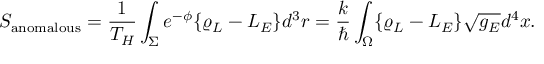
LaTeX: S _ { \mathrm { a n o m a l o u s } } = { \frac { 1 } { T _ { H } } } \int _ { \Sigma } e ^ { - \phi } \{ \varrho _ { L } - { \cal L } _ { E } \} d ^ { 3 } r = { \frac { k } { \hbar } } \int _ { \Omega } \{ \varrho _ { L } - { \cal L } _ { E } \} \sqrt { g _ { E } } d ^ { 4 } x .